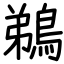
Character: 鵜